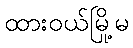
ထားဝယ်မြို့မ